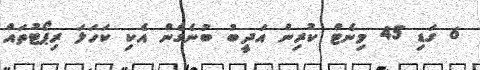
6 ގަޑި 45 މިނެޓް ކުރިން އަދީބު ބުނެގެން އެކި ކަހަލަ ރިޕޯޓުތައް